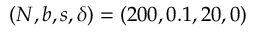
( N , b , s , \delta ) = ( 2 0 0 , 0 . 1 , 2 0 , 0 )